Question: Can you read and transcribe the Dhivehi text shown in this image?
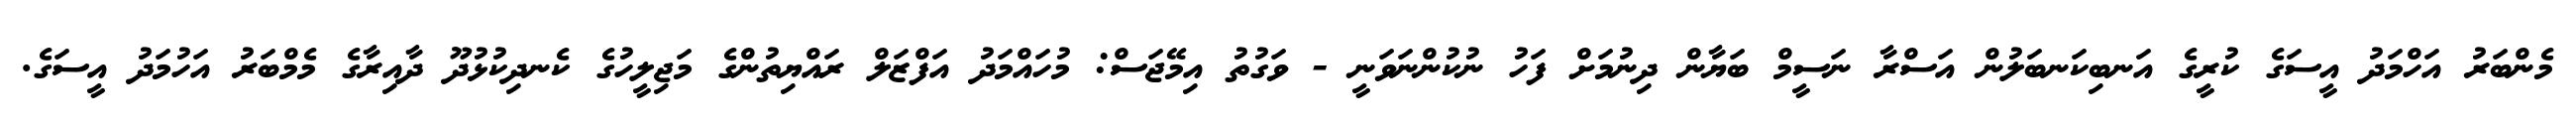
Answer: މެންބަރު އަހްމަދު އީސަގެ ކުރީގެ އަނބިކަނބަލުން އަސްރާ ނަސީމް ބަޔާން ދިނުމަށް ފަހު ނުކުންނަވަނީ - ވަގުތު އިމޭޖަސް: މުހައްމަދު އަފްޒަލް ރައްޔިތުންގެ މަޖިލީހުގެ ކެނދިކުޅުދޫ ދާއިރާގެ މެމްބަރު އަހުމަދު އީސަގެ.